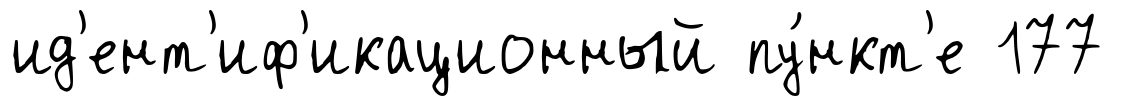
ид'ент'иф'икационный пу́нкт'е 177